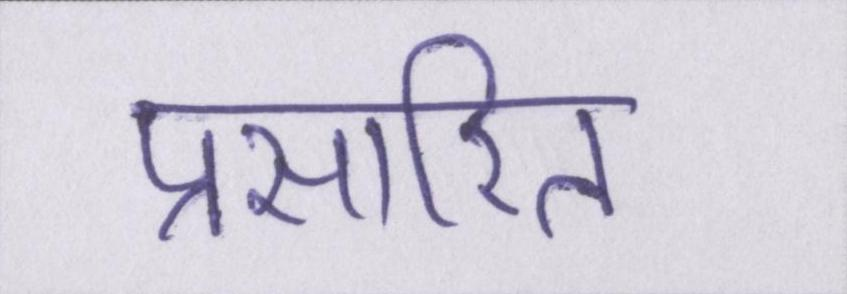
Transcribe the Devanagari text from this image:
प्रसारित